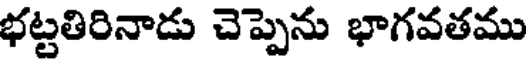
భట్టతిరినాడు చెప్పెను భాగవతము